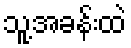
သူ့အခန်းထဲ